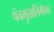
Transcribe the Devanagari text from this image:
पंचमुखलिंगेश्‍वर